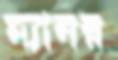
ম্যানর